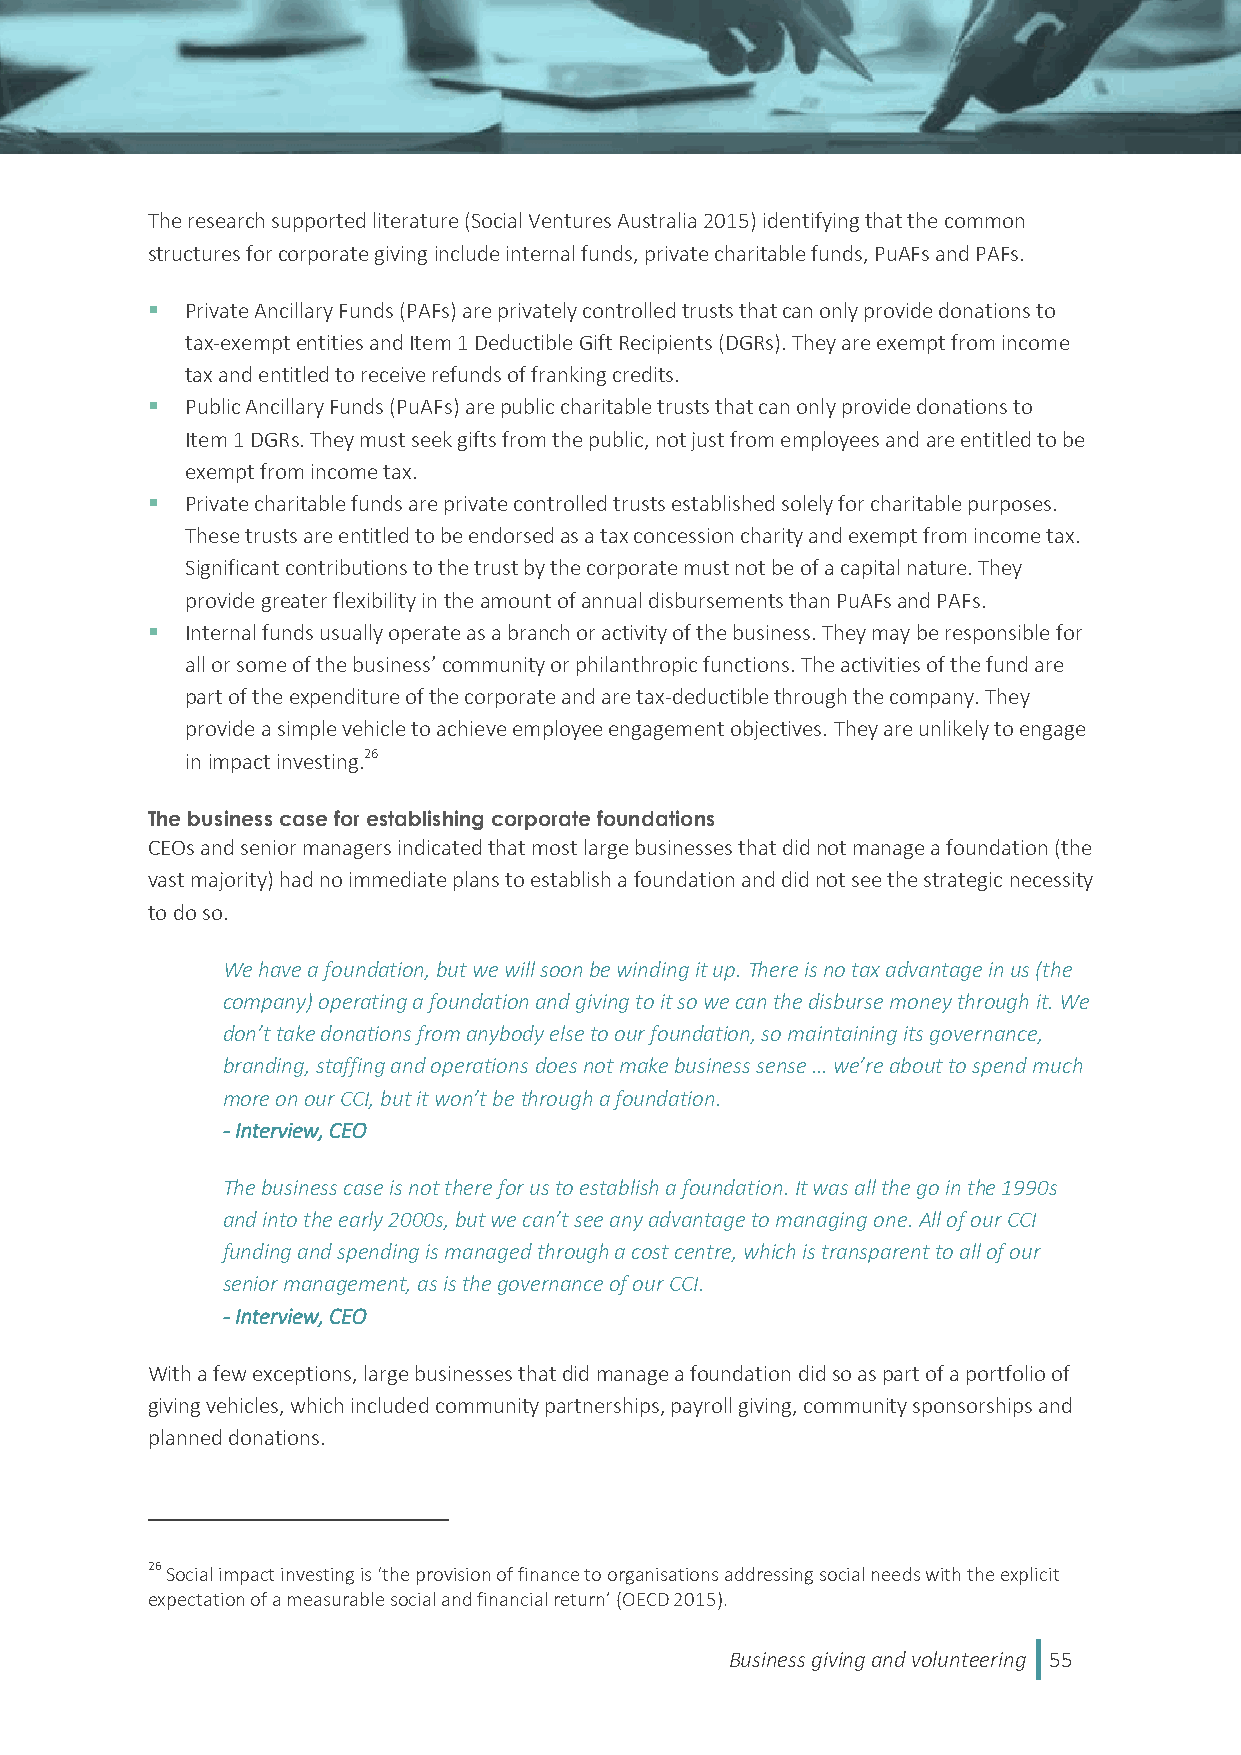
The research supported literature (Social Ventures Australia 2015) identifying that the common
 structures for corporate giving include internal funds, private charitable funds, PuAFs and PAFs.
  Private Ancillary Funds (PAFs) are privately controlled trusts that can only provide donations to
 tax-exempt entities and Item 1 Deductible Gift Recipients (DGRs). They are exempt from income
 tax and entitled to receive refunds of franking credits.
  Public Ancillary Funds (PuAFs) are public charitable trusts that can only provide donations to
 Item 1 DGRs. They must seek gifts from the public, not just from employees and are entitled to be
 exempt from income tax.
  Private charitable funds are private controlled trusts established solely for charitable purposes.
 These trusts are entitled to be endorsed as a tax concession charity and exempt from income tax.
 Significant contributions to the trust by the corporate must not be of a capital nature. They
 provide greater flexibility in the amount of annual disbursements than PuAFs and PAFs.
  Internal funds usually operate as a branch or activity of the business. They may be responsible for
 all or some of the business’ community or philanthropic functions. The activities of the fund are
 part of the expenditure of the corporate and are tax-deductible through the company. They
 provide a simple vehicle to achieve employee engagement objectives. They are unlikely to engage
 in impact investing.26
 The business case for establishing corporate foundations
 CEOs and senior managers indicated that most large businesses that did not manage a foundation (the
 vast majority) had no immediate plans to establish a foundation and did not see the strategic necessity
 to do so.
 We have a foundation, but we will soon be winding it up. There is no tax advantage in us (the
 company) operating a foundation and giving to it so we can the disburse money through it. We
 don’t take donations from anybody else to our foundation, so maintaining its governance,
 branding, staffing and operations does not make business sense … we’re about to spend much
 more on our CCI, but it won’t be through a foundation.
 - Interview, CEO
 The business case is not there for us to establish a foundation. It was all the go in the 1990s
 and into the early 2000s, but we can’t see any advantage to managing one. All of our CCI
 funding and spending is managed through a cost centre, which is transparent to all of our
 senior management, as is the governance of our CCI.
 - Interview, CEO
 With a few exceptions, large businesses that did manage a foundation did so as part of a portfolio of
 giving vehicles, which included community partnerships, payroll giving, community sponsorships and
 planned donations.
 26 Social impact investing is ‘the provision of finance to organisations addressing social needs with the explicit
 expectation of a measurable social and financial return’ (OECD 2015).
 Business giving and volunteering 55